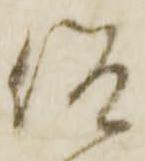
仰